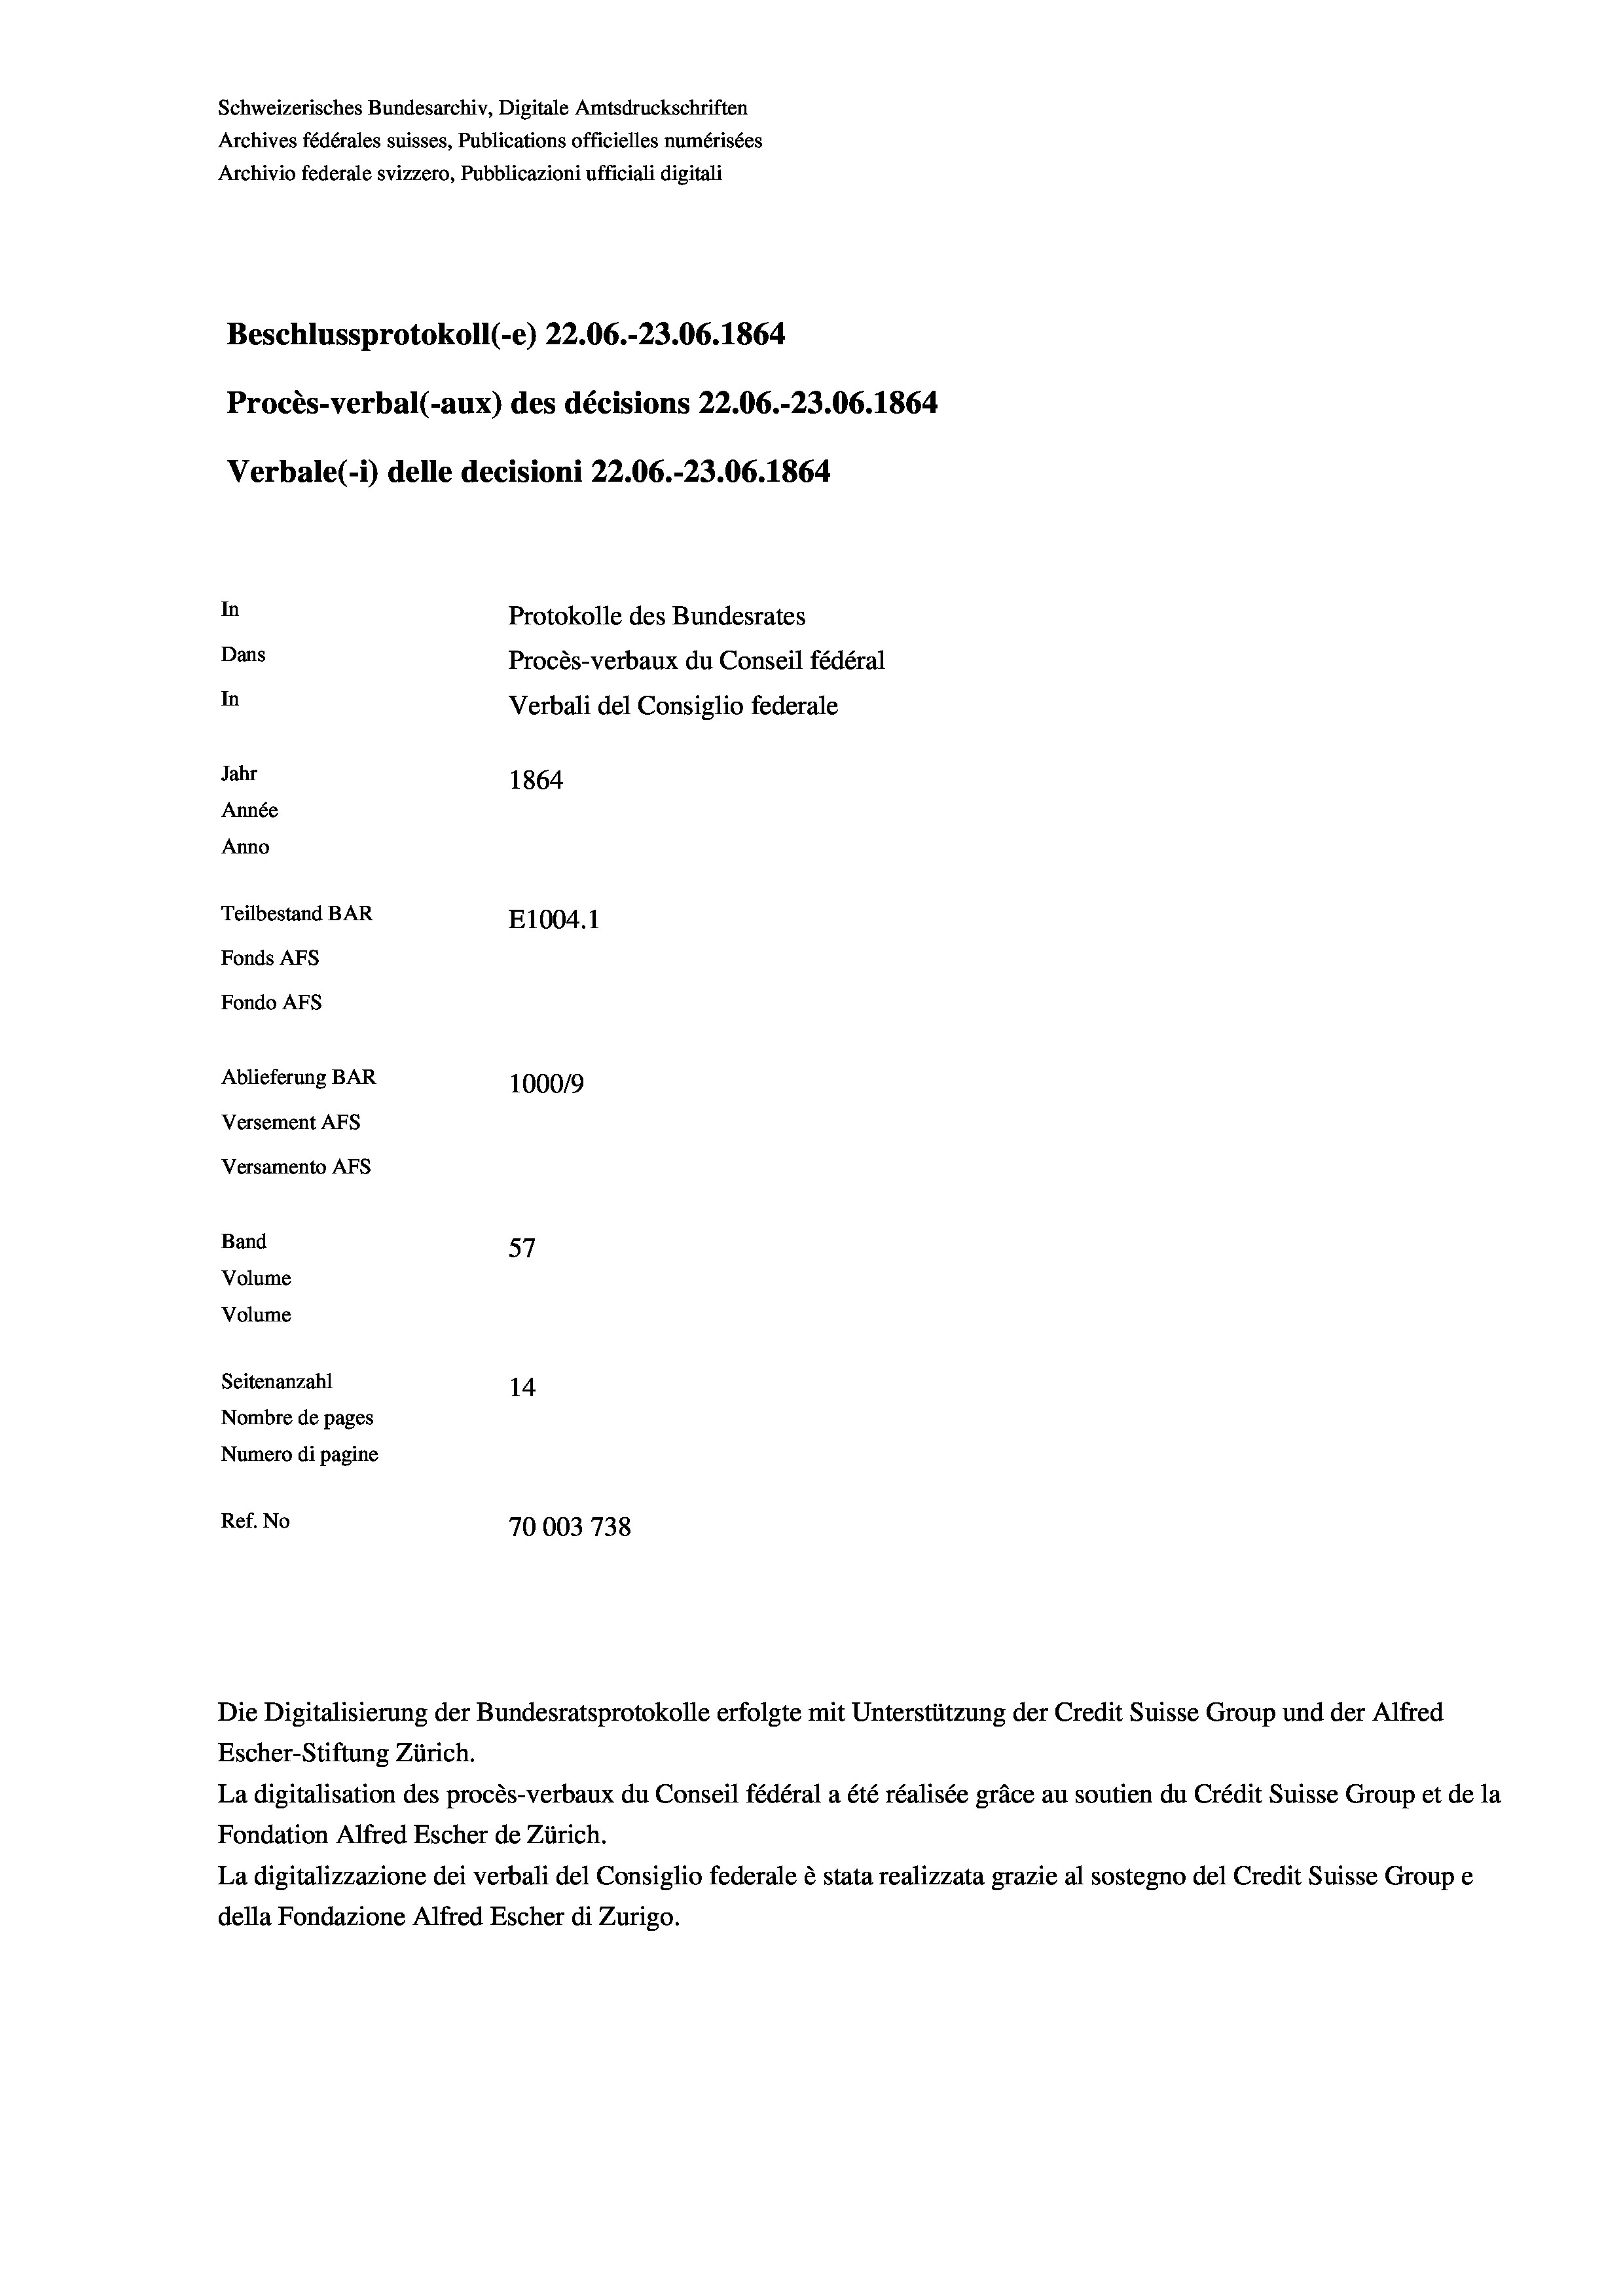
Schweizerisches Bundesarchiv, Digitale Amtsdruckschriften
Archives fédérales suisses, Publications officielles numérisées
Archivio federale svizzero, Pubblicazioni ufficiali digitali
Beschlussprotokoll (-e) 22.06.-23.06. 1864
Procès-verbal (-aux) des décisions 22.06.-23.06. 1864
Verbale (i) delle decisioni 22.06.-23.06. 1864
In
Protokolle des Bundesrates
Dans
Procès-verbaux du Conseil fédéral
In
Verbali del Consiglio federale
Jahr
1864
Année
Anno
Teilbestand BAR
E1004. 1
Fonds AFs
Fondo Afs
Ablieferung BAR
100019
Versement AFs
Versamento Afs
f
Band
57
Volume
Volume
Seitenanzahl
14
Nombre de pages
Numero di pagine
Ref. No
70003738

Escher-Stiftung Zürich.
La digitalisation des procès-verbaux du Conseil fédéral a été réalisée gräce au soutien du Crédit Suisse Group et de la
Fondation Alfred Escher de Zürich.
La digitalizzazione dei verbali del Consiglio federale è stata realizzata grazie al sostegno del Credit Suisse Groupe
della Fondazione Alfred Escher di Zurigo.

Die Digitalisierung der Bundesratsprotokolle erfolgte mit Unterstützung der Credit Suisse Group und der Alfred